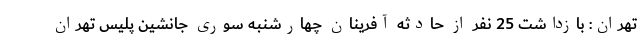
تهران: بازداشت 25 نفر از حادثه آفرینان چهارشنبه سوری جانشین پلیس تهران